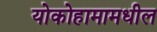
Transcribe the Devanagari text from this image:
योकोहामामधील